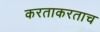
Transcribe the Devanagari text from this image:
करताकरताच